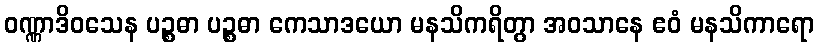
ဝဏ္ဏာဒိဝသေန ပဉ္စဓာ ပဉ္စဓာ ကေသာဒယော မနသိကရိတွာ အဝသာနေ ဧဝံ မနသိကာရော